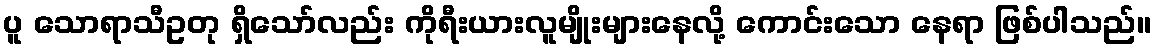
ပူ သောရာသီဥတု ရှိသော်လည်း ကိုရီးယားလူမျိုးများနေလို့ ကောင်းသော နေရာ ဖြစ်ပါသည်။